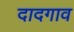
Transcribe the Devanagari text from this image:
दादगाव